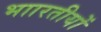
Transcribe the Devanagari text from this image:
भाारतीयों